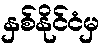
နှစ်နိုင်ငံမှ